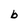
Character: b